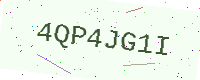
Text: 4QP4JG1I